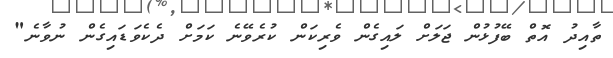
ތާއިދު އޮތް ބޭފުޅުން ޖަލަށް ލައިގެން ވެރިކަން ކުރެވޭނެ ކަމަށް ދެކެވަޑައިގެން ނުވާނެ"